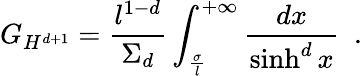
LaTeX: G_{H^{d+1}}={\frac{l^{1-d}}{\Sigma_{d}}}\int_{\frac{\sigma}{l}}^{+\infty}{\frac{dx}{\sinh^{d}x}}~~.